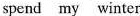
spend my winter